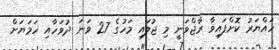
ހައްޔަރު ކޮށްފައިވާ ރާޖްވަނީ މި ޖުލައި މަހުގެ 27 ވަނަ ދުވަހާއި ހަމަޔަށް